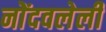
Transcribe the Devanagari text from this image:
नोेंदवलेली